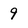
Character: 9